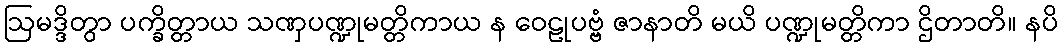
ဩမဒ္ဒိတွာ ပက္ခိတ္တာယ သဏှပဏ္ဍုမတ္တိကာယ န ဝေဠုပဗ္ဗံ ဇာနာတိ မယိ ပဏ္ဍုမတ္တိကာ ဌိတာတိ။ နပိ